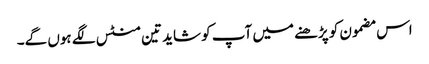
اس مضمون کو پڑھنے میں آپ کو شاید تین منٹس لگے ہوں گے۔